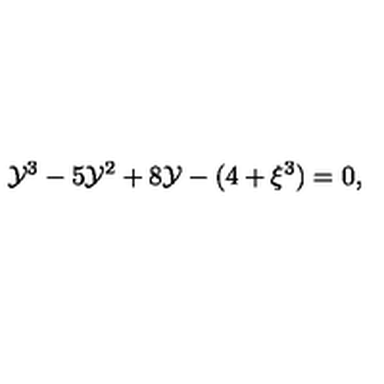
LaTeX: { { \cal { Y } } } ^ { 3 } - 5 { { \cal { Y } } } ^ { 2 } + 8 { \cal { Y } } - ( 4 + \xi ^ { 3 } ) = 0 ,